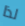
لذا